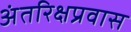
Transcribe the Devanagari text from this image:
अंतरिक्षप्रवास